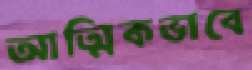
আত্মিকভাবে